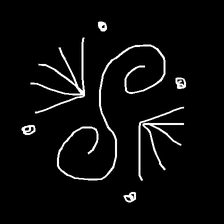
Glyph: aeroform